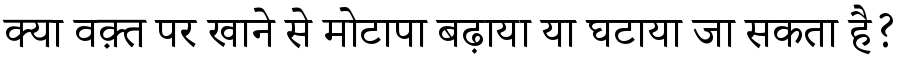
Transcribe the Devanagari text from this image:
क्या वक़्त पर खाने से मोटापा बढ़ाया या घटाया जा सकता है?